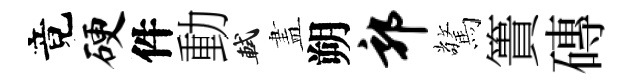
竟硬件動軾𥁞朔郭驚簣磚